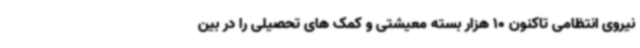
نیروی انتظامی تاکنون 10 هزار بسته معیشتی و کمک های تحصیلی را در بین